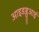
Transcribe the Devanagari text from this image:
आइडब्लूआई